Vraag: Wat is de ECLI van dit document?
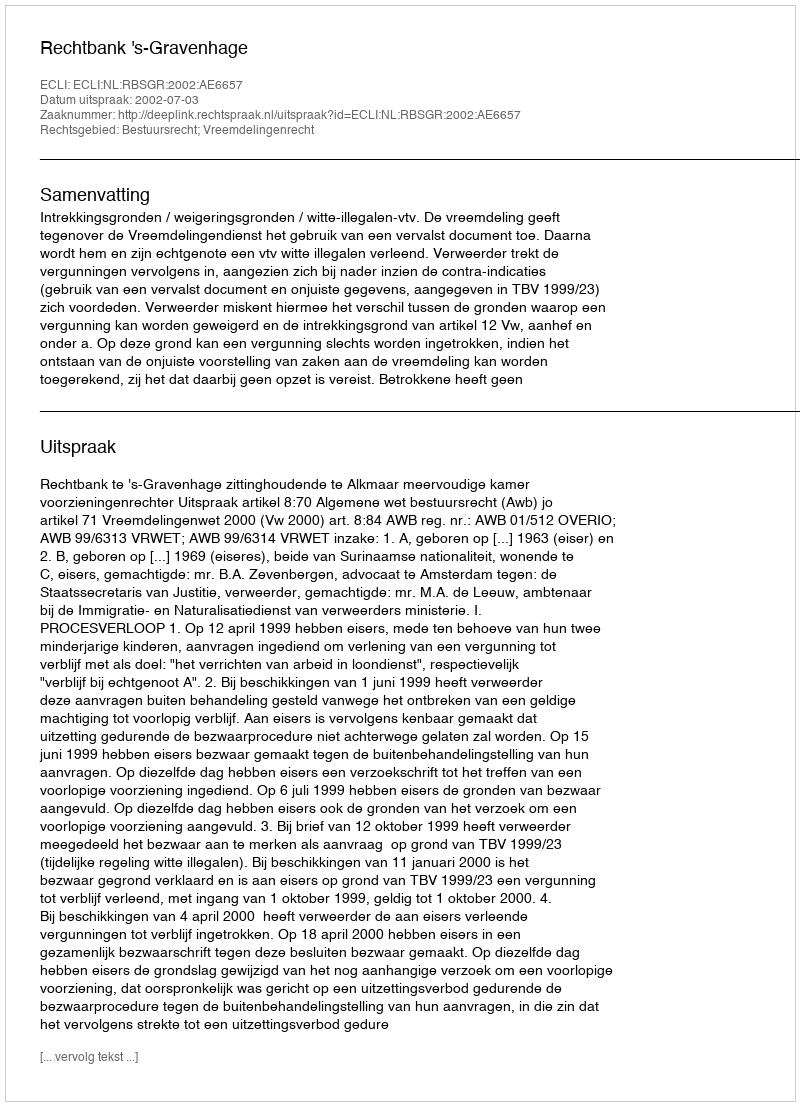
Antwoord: ECLI:NL:RBSGR:2002:AE6657